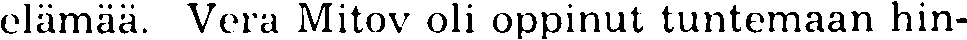
elämää. Vera Mitov oli oppinut tuntemaan hin-